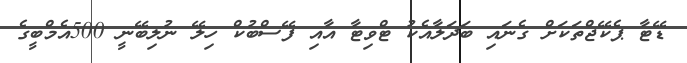
ޑޭޓާ ޕެކޭޖްތަކަށް ގެނައި ބަދަލާއެކު ޓްވިޓާ އާއި ފޭސްބުކް ހިލޭ ނުލިބޭނީ 500އެމްބީގެ